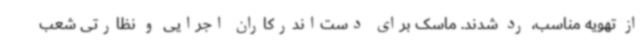
از تهویه مناسب، رد شدند. ماسک برای دست‌اندرکاران اجرایی و نظارتی شعب